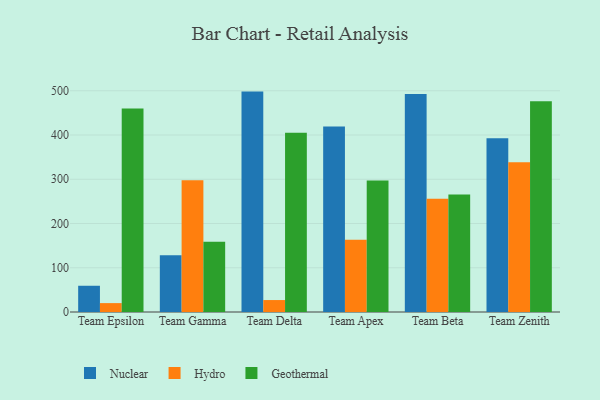
{"axis": {"x": "Team", "y": "Inventory Turnover"}, "legend": ["Geothermal", "Hydro", "Nuclear"], "data": [{"x": "Team Epsilon", "y": 59.3, "type": "Nuclear"}, {"x": "Team Epsilon", "y": 20.1, "type": "Hydro"}, {"x": "Team Epsilon", "y": 460.1, "type": "Geothermal"}, {"x": "Team Gamma", "y": 128.2, "type": "Nuclear"}, {"x": "Team Gamma", "y": 297.7, "type": "Hydro"}, {"x": "Team Gamma", "y": 159.0, "type": "Geothermal"}, {"x": "Team Delta", "y": 498.1, "type": "Nuclear"}, {"x": "Team Delta", "y": 27.0, "type": "Hydro"}, {"x": "Team Delta", "y": 405.2, "type": "Geothermal"}, {"x": "Team Apex", "y": 419.0, "type": "Nuclear"}, {"x": "Team Apex", "y": 163.2, "type": "Hydro"}, {"x": "Team Apex", "y": 297.0, "type": "Geothermal"}, {"x": "Team Beta", "y": 492.6, "type": "Nuclear"}, {"x": "Team Beta", "y": 256.0, "type": "Hydro"}, {"x": "Team Beta", "y": 265.8, "type": "Geothermal"}, {"x": "Team Zenith", "y": 392.7, "type": "Nuclear"}, {"x": "Team Zenith", "y": 338.6, "type": "Hydro"}, {"x": "Team Zenith", "y": 476.5, "type": "Geothermal"}]}